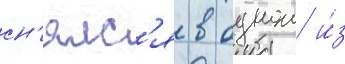
сн'ялс'я в однои и́з